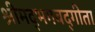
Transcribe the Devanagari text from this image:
श्रीमद्‍भगवद्‍गीता